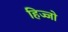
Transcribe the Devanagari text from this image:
हिज्जो